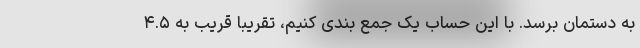
به دستمان برسد. با این حساب یک جمع بندی کنیم، تقریبا قریب به ۴.۵